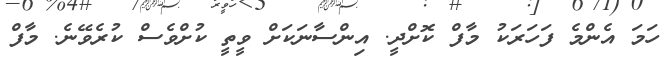
ހަމަ އެންމެ ފަހަރަކު މާފް ކޮށްދީ. އިންސާނަކަށް ވީތީ ކުށްވެސް ކުރެވޭނެ. މާފް